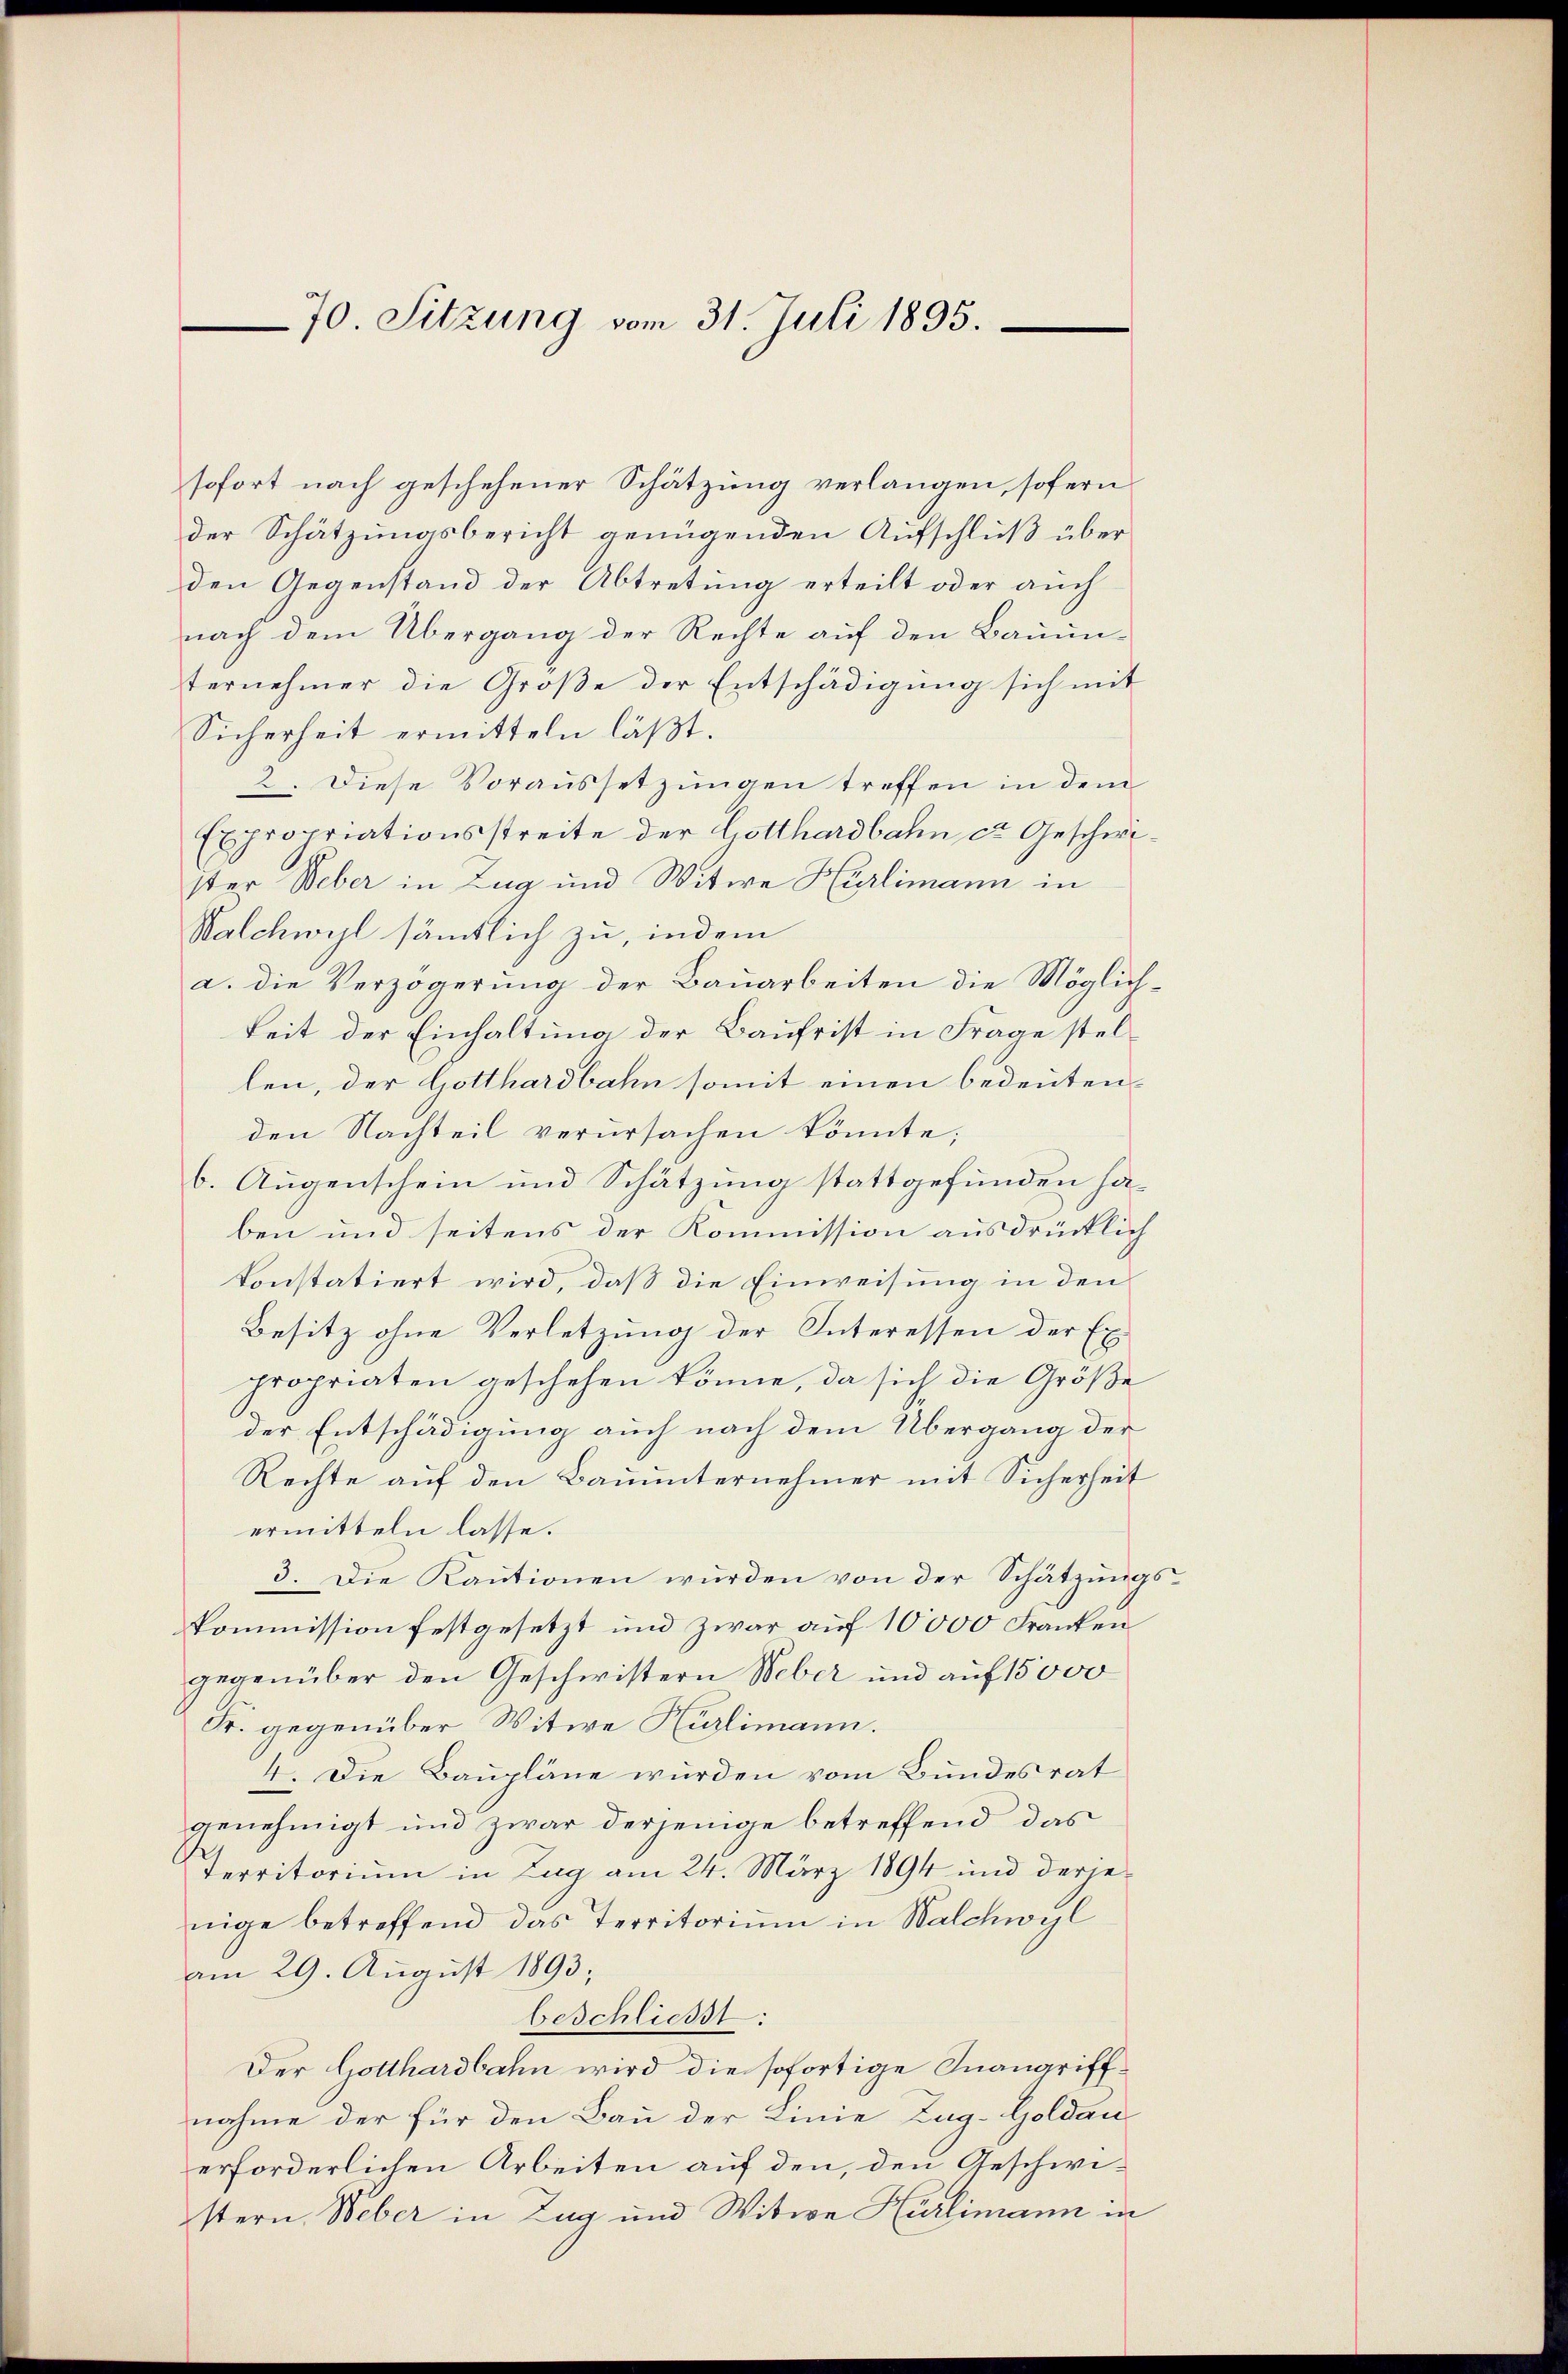
70. Sitzung vom 31. Juli 1895.

sofort nach geschehener Schätzung verlangen, sofern
der Schätzungsbericht genügenden Aufschluß über
den Gegenstand der Abtretung erteilt oder auch
nach dem Übergang der Rechte auf den Bauun-
ternehmer die Große der Entschädigung sich mit
Sicherheit ermitteln läßt.
2. Diese Voraussetzungen treffen in dem
Expropriationsstreite der Gotthardbahn et. Geschwister Weber in Zug und Witwe Hürlimann in
Walchwyl sämtlich zu, indem
a. die Verzögerung der Bauarbeiten die Möglichkeit der Einhaltung der Baufrist in Frage stellen, der Gotthardbahn somit einen bedeuten.
den Nachteil verursachen könnte;
b. Augenschein und Schätzung stattgefunden haben und seitens der Kommission ausdrücklich
konstatiert wird, daß die Einweisung in den
Besitz ohne Verletzung der Interessen der Expropriaten geschehen könne, da sich die Größe
der Entschädigung auch nach dem Übergang der
Rechte auf den Bauunternehmer mit Sicherheit
ermitteln lasse.
3. Die Kautionen wurden von der Schätzungskommission festgesetzt und zwar auf 10000 Franken
gegenüber den Geschwistern Weber und auf 15000
Fr. gegenüber Witwe Hürlimann.
4. Die Baupläne würden vom Bundesrat
genehmigt und zwar derjenige betreffend das
Territorium in Zug am 24. März 1894 und derjenige betreffend das Territorium in Walchwyl
am 29. August 1893;
beschließt:
Der Gotthardbahn wird die sofortige Inangriffnahme der für den Bau der Linie Zug-Goldauerforderlichen Arbeiten auf den, den Geschwistern, Weber in Zug und Witwe Hürlimann in